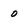
Character: 0